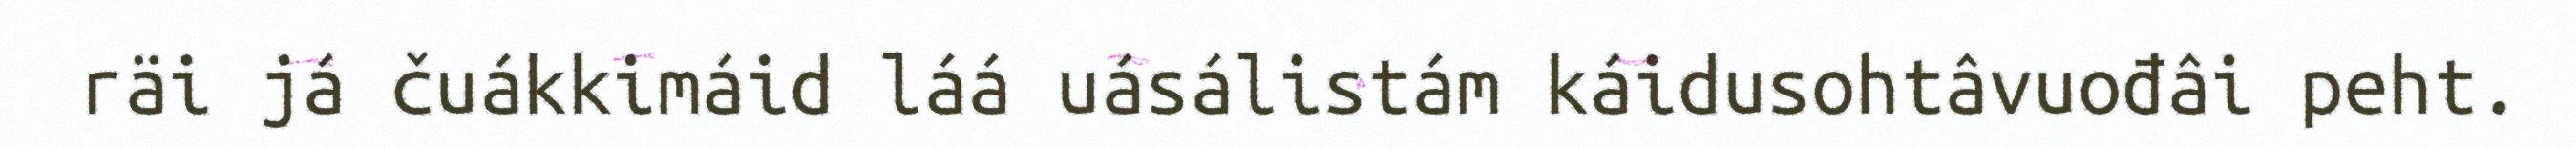
räi já čuákkimáid láá uásálistám káidusohtâvuođâi peht.